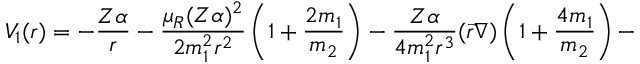
V _ { 1 } ( r ) = - \frac { Z \alpha } { r } - \frac { \mu _ { R } ( Z \alpha ) ^ { 2 } } { 2 m _ { 1 } ^ { 2 } r ^ { 2 } } \left( 1 + \frac { 2 m _ { 1 } } { m _ { 2 } } \right) - \frac { Z \alpha } { 4 m _ { 1 } ^ { 2 } r ^ { 3 } } ( \vec { r } \nabla ) \left( 1 + \frac { 4 m _ { 1 } } { m _ { 2 } } \right) -